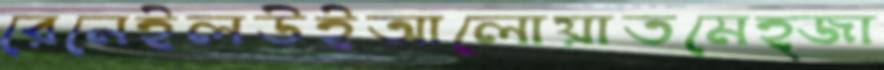
রেনেইলউইআলোয়াতমেহ্জা